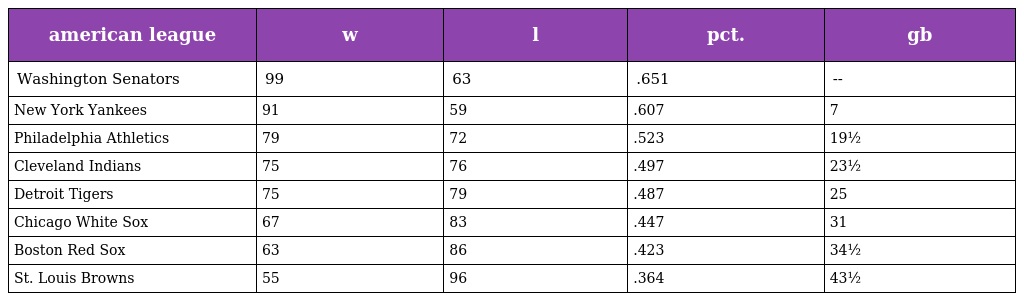
| american league | w | l | pct. | gb |
 | --- | --- | --- | --- | --- |
 | Washington Senators | 99 | 63 | .651 | -- |
 | New York Yankees | 91 | 59 | .607 | 7 |
 | Philadelphia Athletics | 79 | 72 | .523 | 19½ |
 | Cleveland Indians | 75 | 76 | .497 | 23½ |
 | Detroit Tigers | 75 | 79 | .487 | 25 |
 | Chicago White Sox | 67 | 83 | .447 | 31 |
 | Boston Red Sox | 63 | 86 | .423 | 34½ |
 | St. Louis Browns | 55 | 96 | .364 | 43½ |